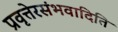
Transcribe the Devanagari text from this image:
प्रवृत्तेरसंभवादिति